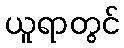
ယူရာတွင်